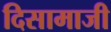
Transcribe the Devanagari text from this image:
दिसामाजी